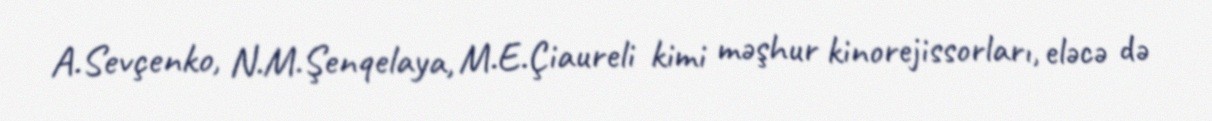
A.Sevçenko, N.M.Şenqelaya, M.E.Çiaureli kimi məşhur kinorejissorları, eləcə də